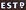
ESTP